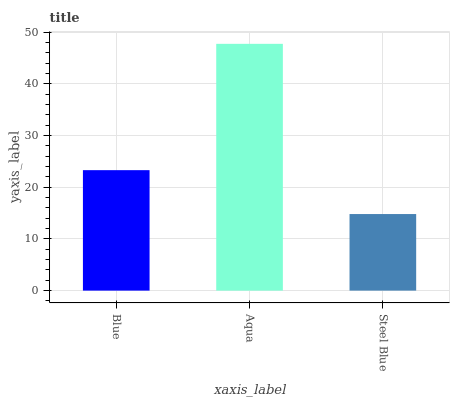
| xaxis_label | bars |
 | --- | --- |
 | Blue | 23.3 |
 | Aqua | 47.7 |
 | Steel Blue | 14.8 |